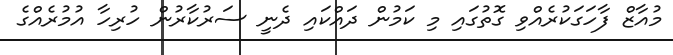
މުއާޒް ފާހަގަކުރެއްވި ގޮތުގައި މި ކަމުން ދައްކައި ދެނީ ސަރުކާރުން ހުރިހާ އުމުރެއްގެ